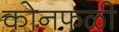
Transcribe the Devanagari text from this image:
कोनफळी